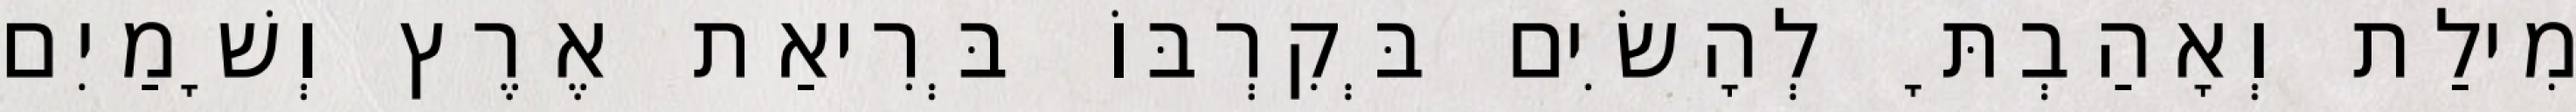
מִילַת וְאָהַבְתָּ לְהָשִׂים בְּקִרְבּוֹ בְּרִיאַת אֶרֶץ וְשָׁמַיִם